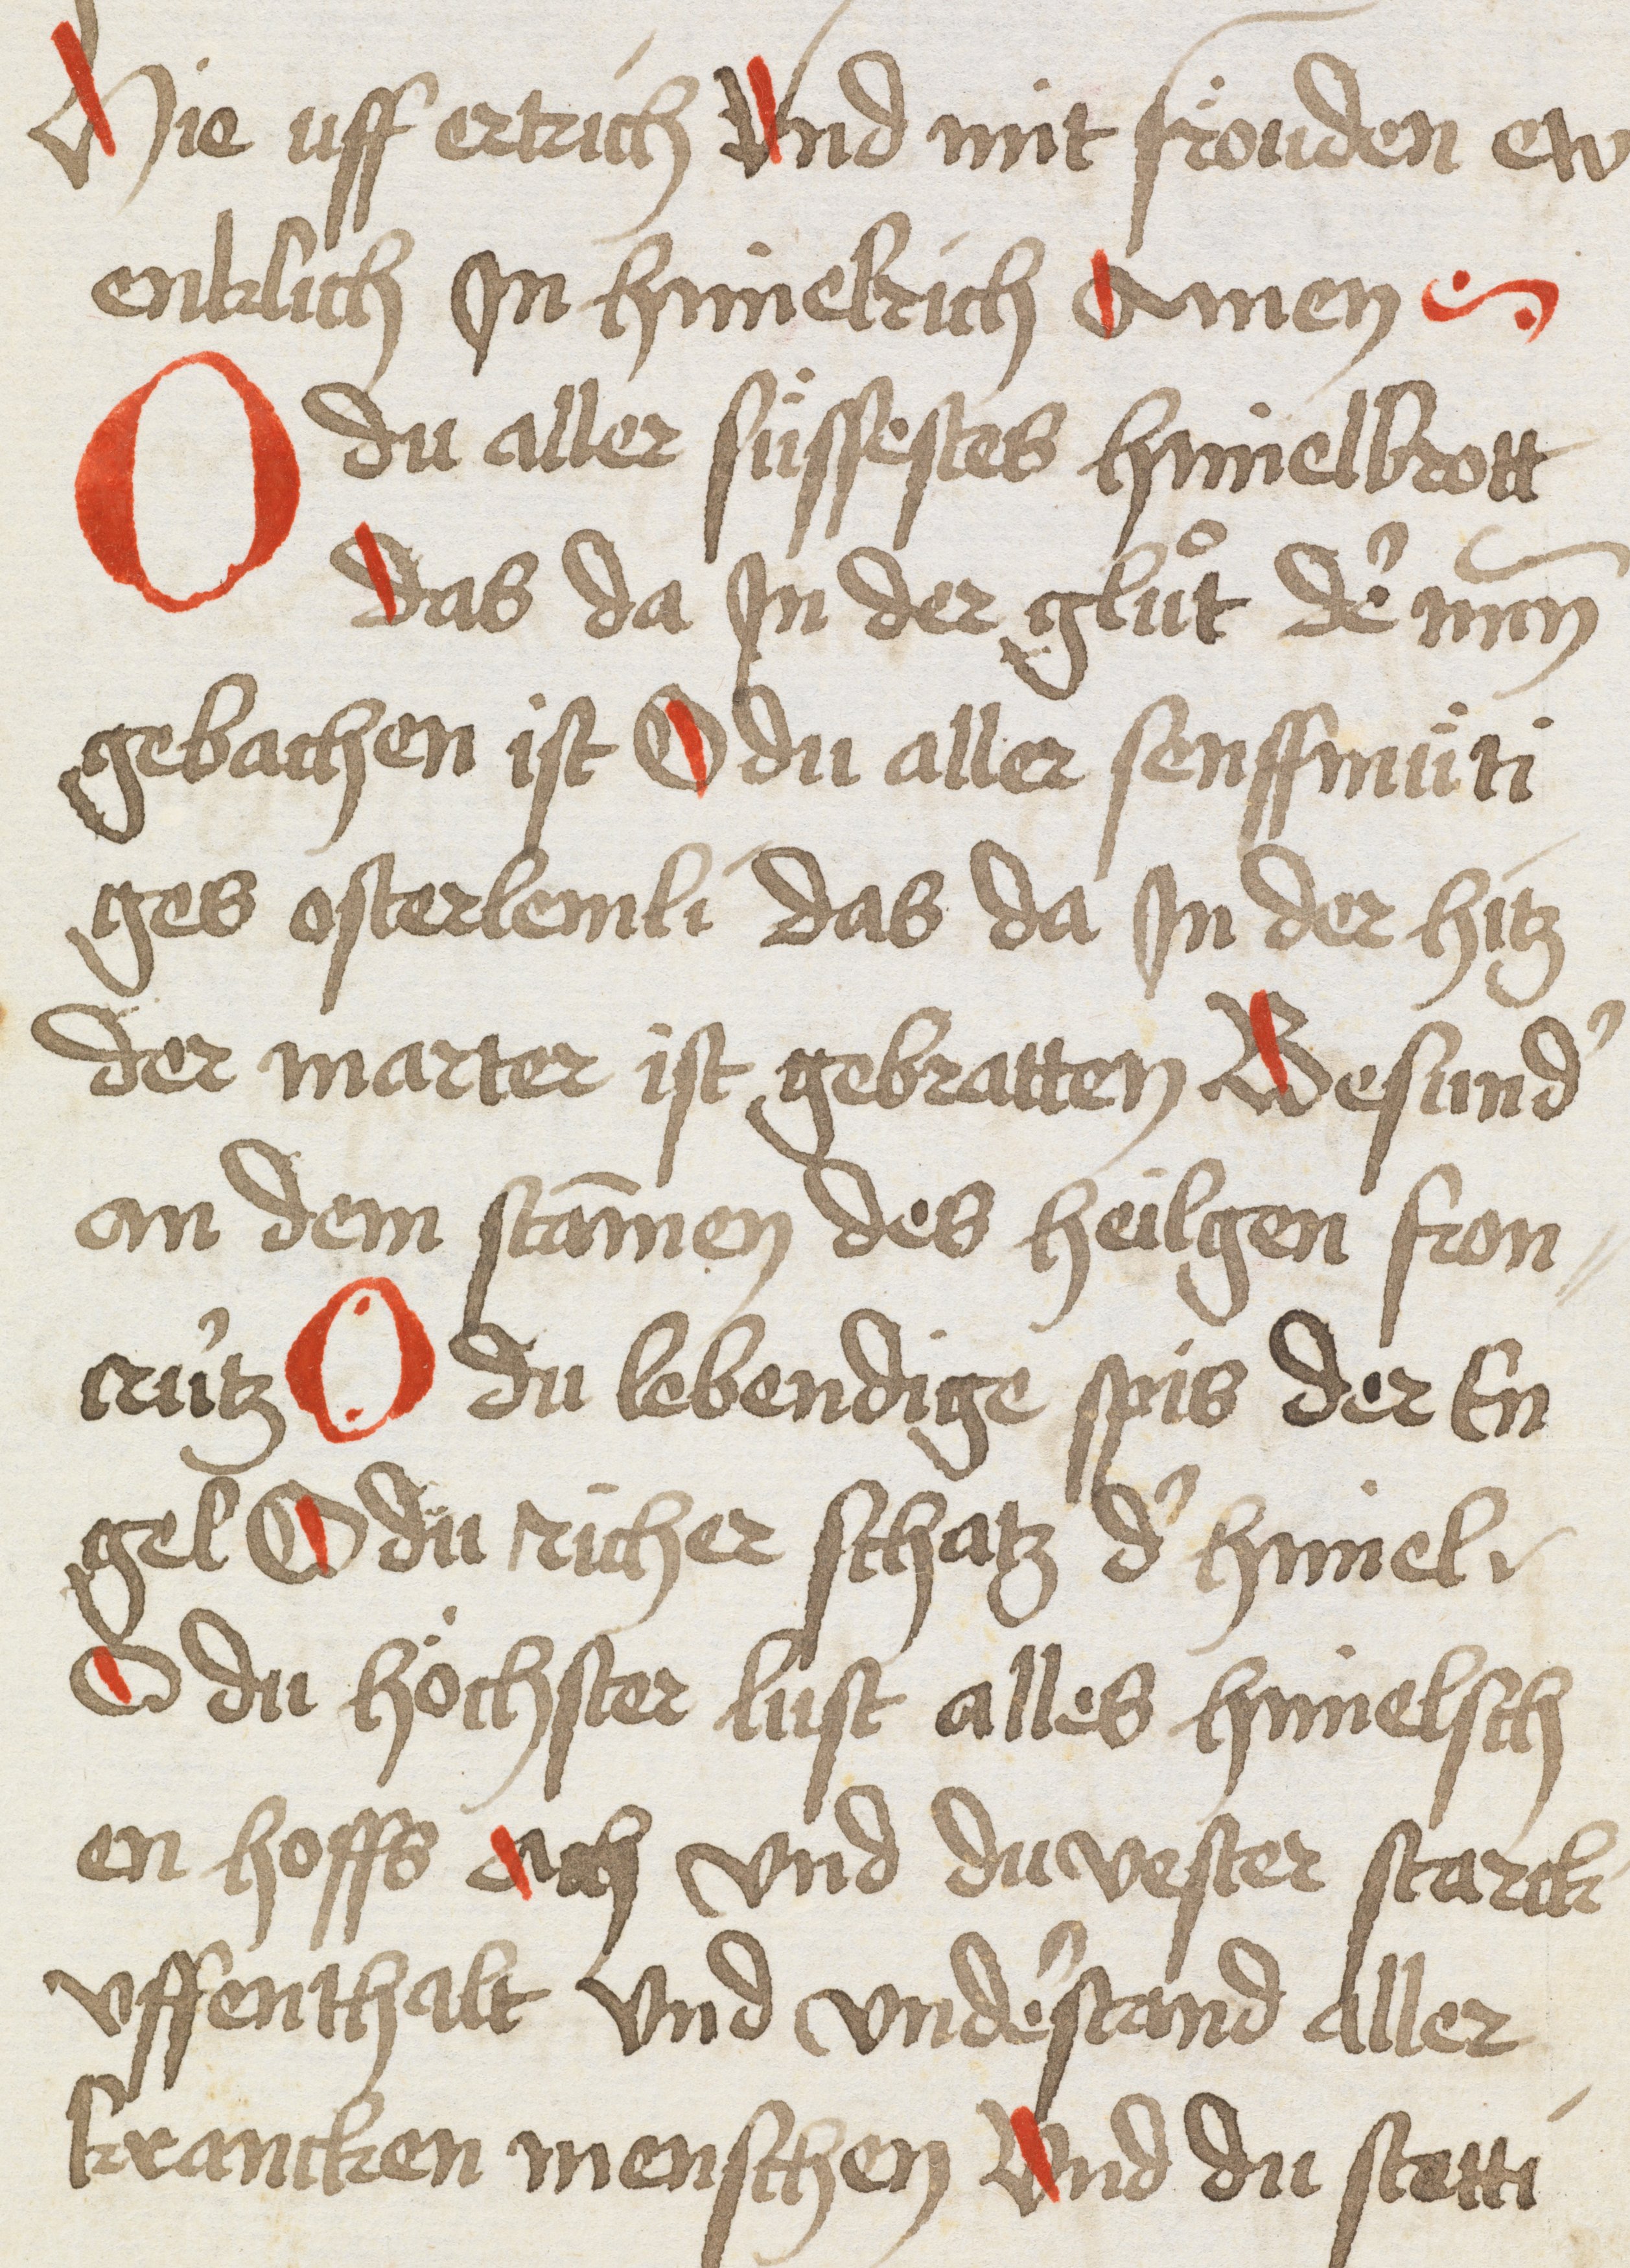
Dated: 1493–1493